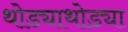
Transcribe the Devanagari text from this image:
थोड्याथोड्या